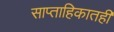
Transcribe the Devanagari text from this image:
साप्ताहिकातही